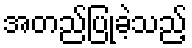
အတည်ပြုခဲ့သည့်